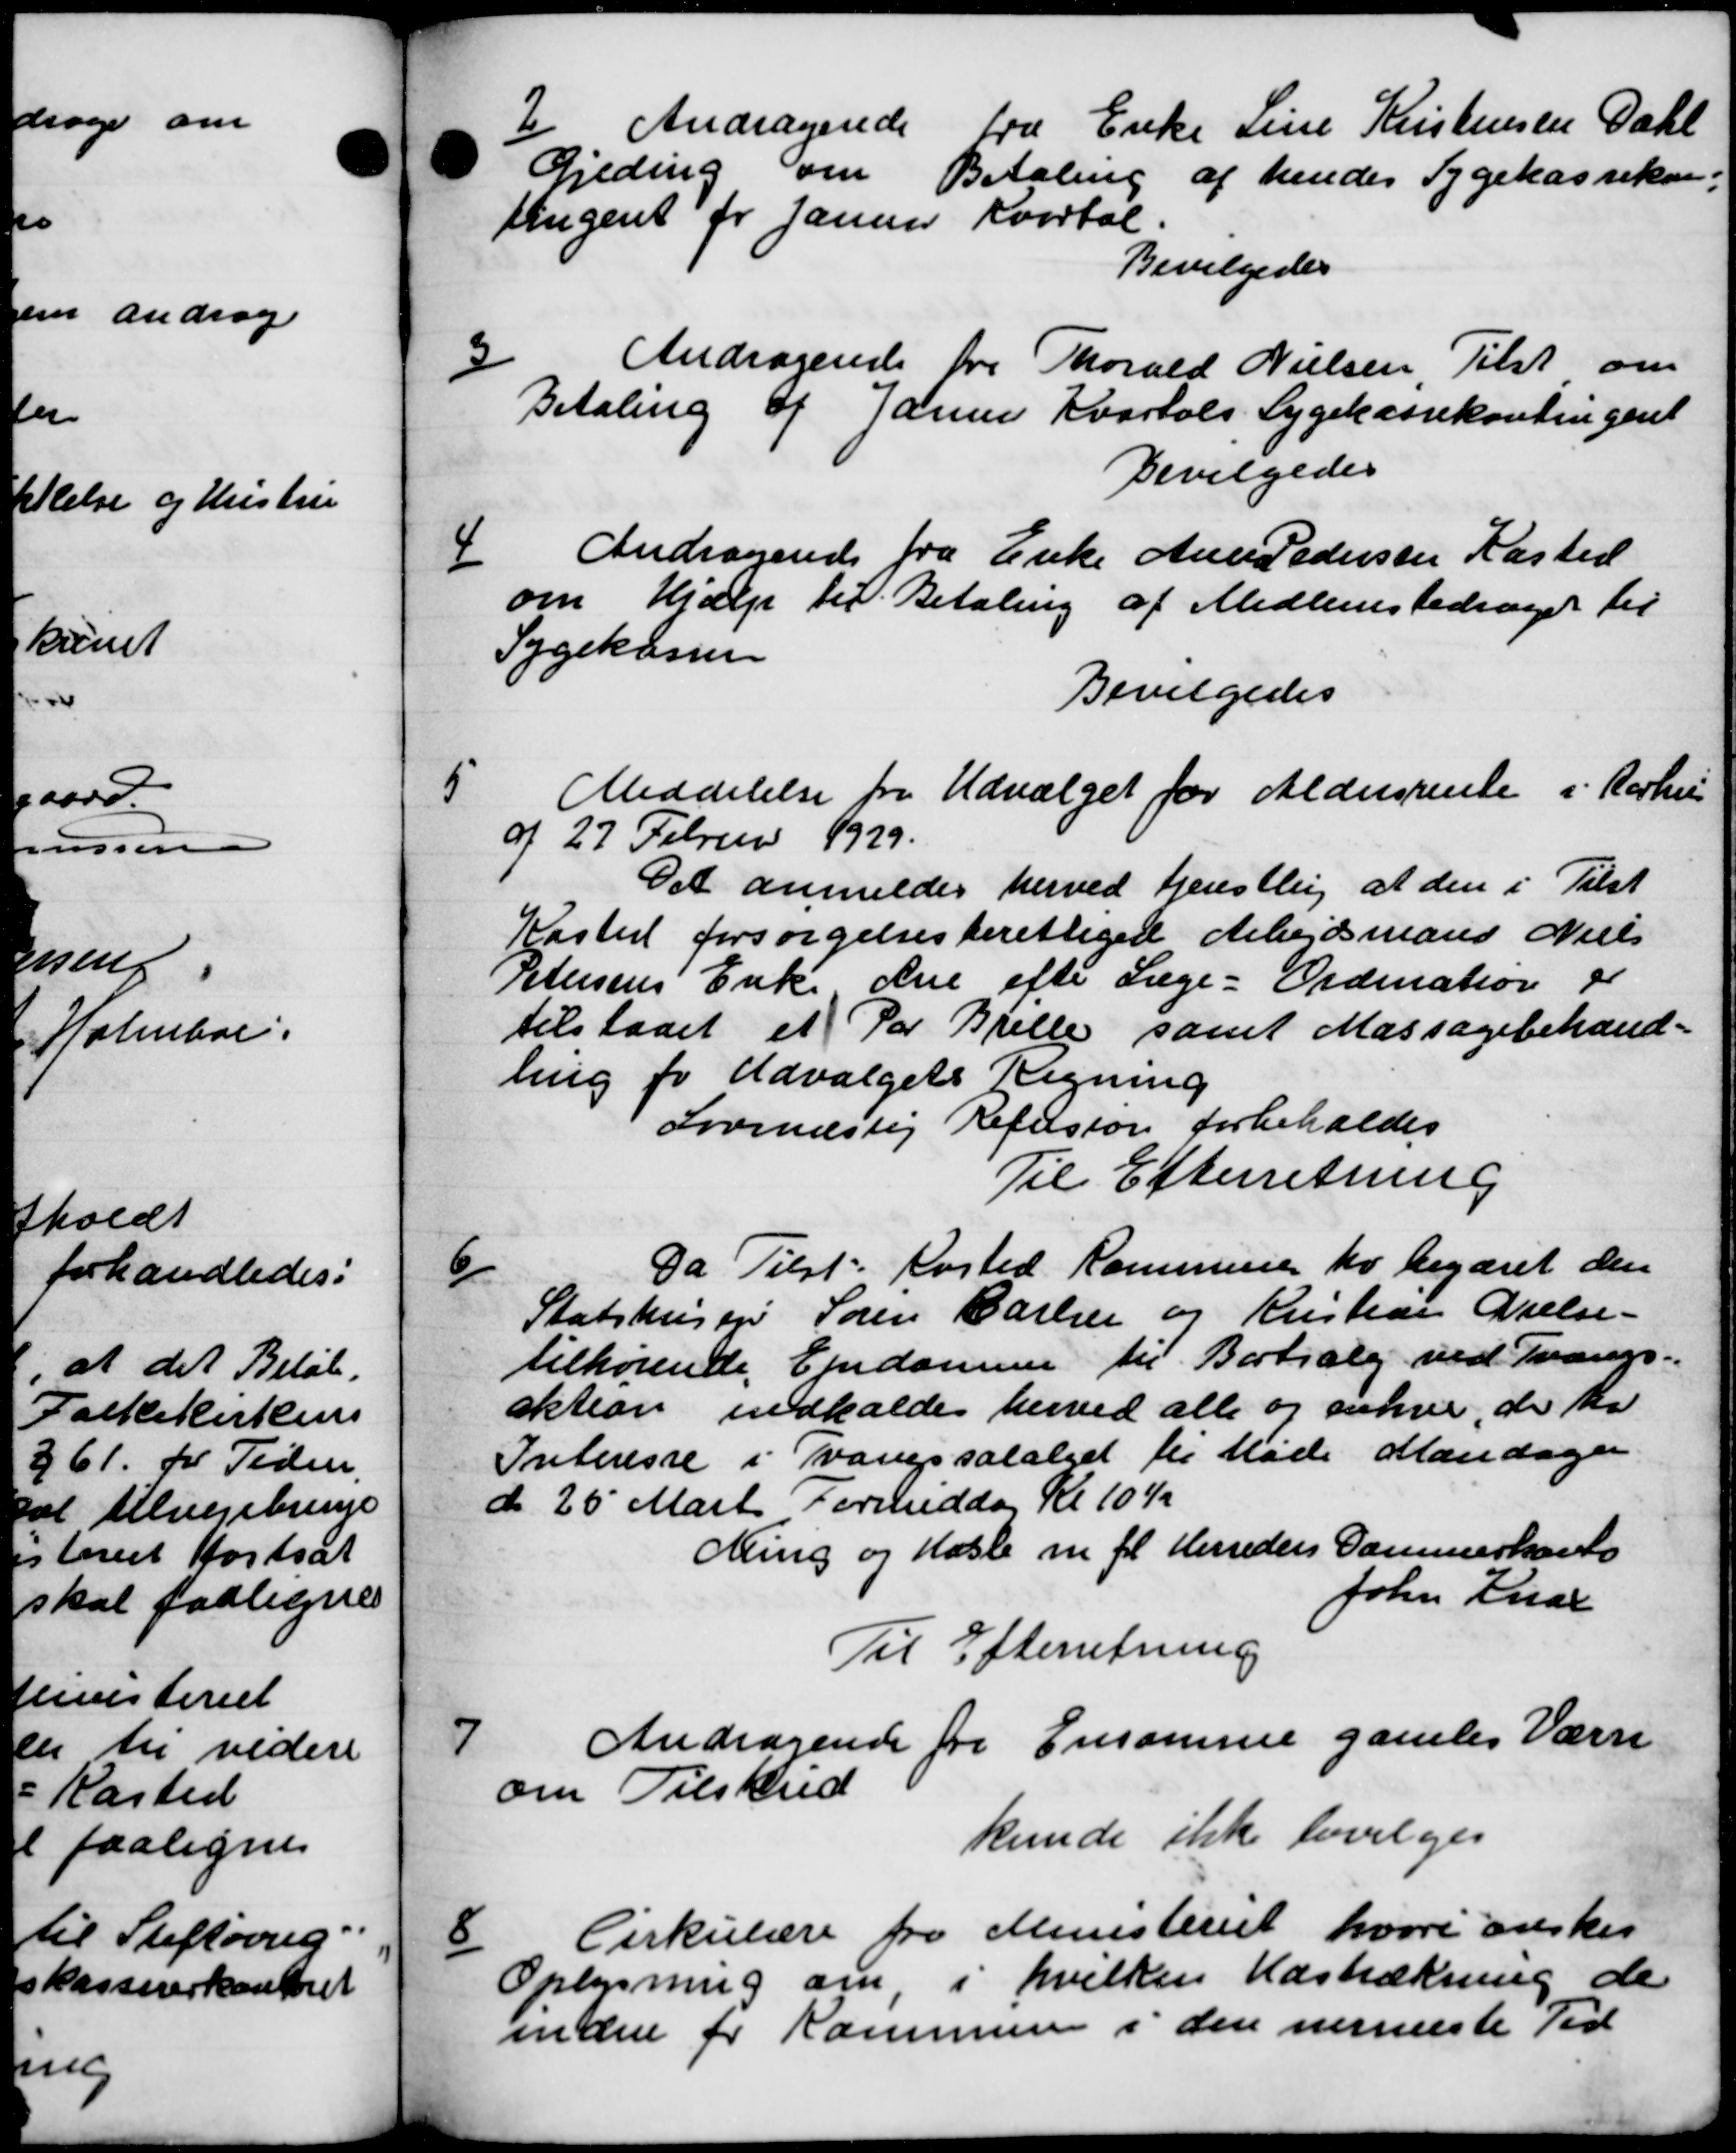
Transskription:
2
Andragende fra Enke Line Kristensen Dahl
Gjeding om Betaling af hendes Sygekassekon-
tingent for Januar Kvartal.
Bevilgedes
3/
Andragende fra Thorald Nielsen Tilst om
Betaling af Januar Kvartals Sygekassekontingent
Bevilgedes
4
Andragende fra Enke Aner Pedersen Kasted
om Hjælp til Betaling af Medlemsbidraget til
Sygekassen
Bevilgedes
5
Meddelelse fra Udvalget for Aldersrente i Aarhu
af 27 Februar 1929.
Det anmeldes herved tjenstling at den i Tilst
Kasted forsørgelsesberettiget Arbejdsmand Niels
Petersens Enke Ane efter Læge - Ordination og
tilstaaet et Par Bjeller samt Massagebehand-
ling for Udvalgets Regning
Lovenæstig Refusion forbeholdes
Til Efterretning
6
Da Tilst Rosted Kommunen er begæret den
Statshusejer Søren Carlsen og Kristian Nielsen
tilhørende Ejendomme til Bortsalg ved Tvangs-
aktion indkaldes herved alle og sønne, der har
Interesse i Tvangssalget til Møde Mandagen
d 25 Marts Formiddag Kl. 104
Ning og Hasle m. fl. Herreders Dammerhaves
John Krar
Til Efterretning

Andragende fra Ensomme gamles Værn
om Tilskud
kunde ikke bevilges

Cirkulære fra Ministeriet hvori ønskes
Oplysning om, i hvilken Hastrækning de
inden for Kommunen i den nermeste Tid